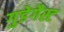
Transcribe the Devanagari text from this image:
गुडेगैस्ट